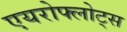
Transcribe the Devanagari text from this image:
एयरोफ्लोट्स